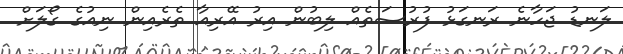
ލަނޑު ޖަހާނެ ރަނގަޅު ފުރުސަތެއް ލިބުން އިރު އޭރިއާ ތެރެއިން ނިއުގެ ގޯލަށް